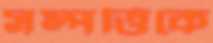
সম্পত্তিকে